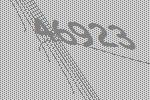
46923